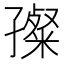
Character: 𡦞